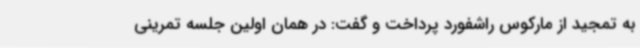
به تمجید از مارکوس راشفورد پرداخت و گفت: در همان اولین جلسه تمرینی